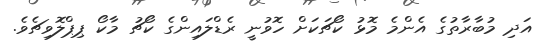
އަދި މުބާރާތުގެ އެންމެ މޮޅު ކޯޗަކަށް ހޮވުނީ ރެޑްލައިންގެ ކޯޗު މާކޯ ޕިޕްލޮވިޗެވެ.